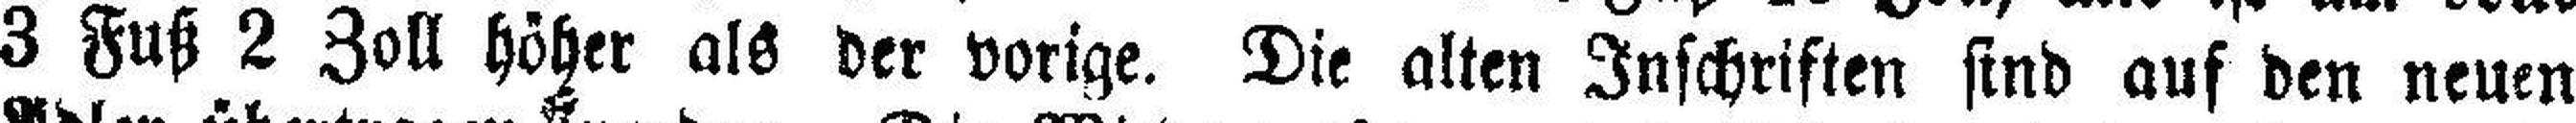
3 Fuß 2 Zoll höher als der vorige. Die alten Inschriften sind auf den neuen